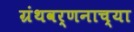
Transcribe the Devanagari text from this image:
ग्रंथवर्णनाच्या